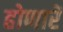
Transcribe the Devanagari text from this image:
होणारें